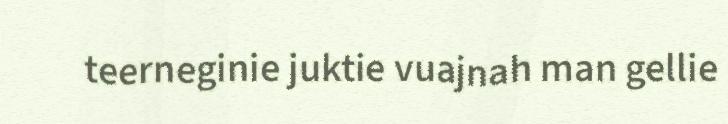
teerneginie juktie vuajnah man gellie